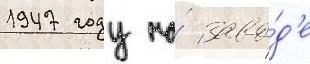
1947 году на́ заво́д'е